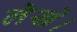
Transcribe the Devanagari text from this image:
लेखे।